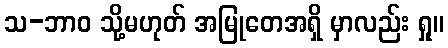
သ-ဘာဝ သို့မဟုတ် အမြုတေအရှိ မှာလည်း ရှု။